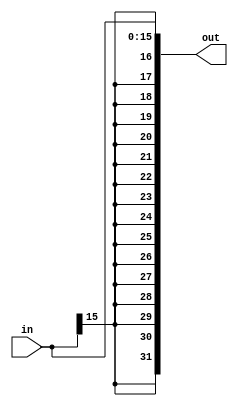
module sign_extend (in , out);

    parameter N = 16;
    input [N-1:0]in;
    output [(2*N)-1:0]out;

    assign out = {{((2*N)-1){in[N-1]}},in};
    
endmodule

module mux2to1 (a,b,s,w);

    parameter N = 8;
    input [N-1:0]a;
    input [N-1:0]b;
    input s;
    output [N-1:0]w;

    assign w = (s==1'b0) ? a : b; 
    
endmodule

module mux3to1 (a,b,c,s,w);

    parameter N = 8;
    input [N-1:0]a;
    input [N-1:0]b;
    input [N-1:0]c;
    input [1:0]s;
    output reg [N-1:0]w;

    always @(a,b,c,s) begin
        case (s)
            2'b00 : w = a; 
            2'b01 : w = b; 
            2'b10 : w = c; 
        endcase
    end
    
endmodule

module adder (a,b,cin,result,cout);
    
    parameter N = 8;
    input [N-1:0]a;
    input [N-1:0]b;
    input cin;
    output cout;
    output [N-1:0]result;
    
    assign {cout,result} = a + b + cin; 

endmodule

module shl_e (in , out);

    input [25:0]in;
    output [27:0]out;

    assign out = {in , 2'b00};
    
endmodule

module shl_2 (in , out);

    input [31:0]in;
    output [31:0]out;

    assign out = in << 2;
    
endmodule

module register (clk,pin,ld,rst,pout);
    
    parameter N = 8;
    input clk;
    input ld;
    input rst;
    input [N-1:0]pin;
    output reg [N-1:0]pout;

    always @(posedge clk) begin
        if(rst) pout <= 0;
        else pout <= pin;
    end

endmodule